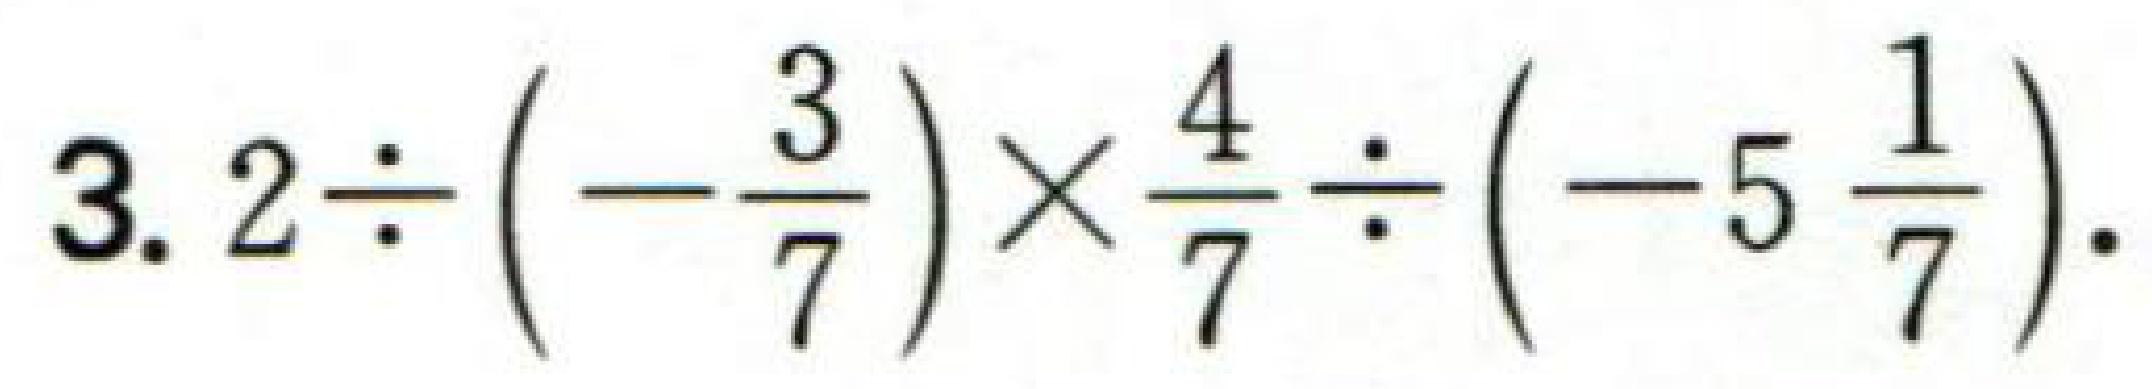
$3.2\div \left(-\dfrac{3}{7}\right)\times\dfrac{4}{7}\div \left(-5\dfrac{1}{7}\right).$